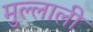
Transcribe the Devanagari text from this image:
मुल्लाली